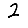
Digit: 2